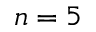
n = 5